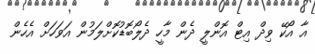
އާ އޯކޭ ވިދް އިޓް އޮންލީ ދެން މާހީ ދެލޯބޮޑުކޮށްލަމުން އަވަހަށް އެހެން